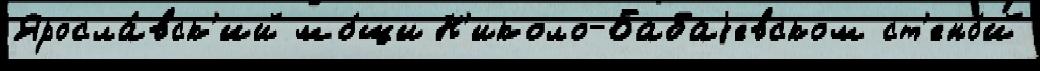
Яросла́вск'ий мо́щи Н'иколо-Бабаjевском ст'ено́й